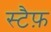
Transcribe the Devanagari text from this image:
स्टैफ़